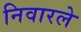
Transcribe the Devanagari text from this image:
निवारले